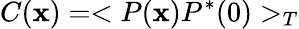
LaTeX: C({\mathbf x})=<P({\mathbf x})P^{*}(0)>_{T}